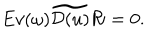
E v ( \omega ) \widetilde { { \cal D } ( u ) } { \cal R } = 0 .